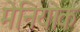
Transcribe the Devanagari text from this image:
मेनियोक